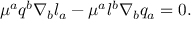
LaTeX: \mu ^ { a } q ^ { b } \nabla _ { b } l _ { a } - \mu ^ { a } l ^ { b } \nabla _ { b } q _ { a } = 0 .